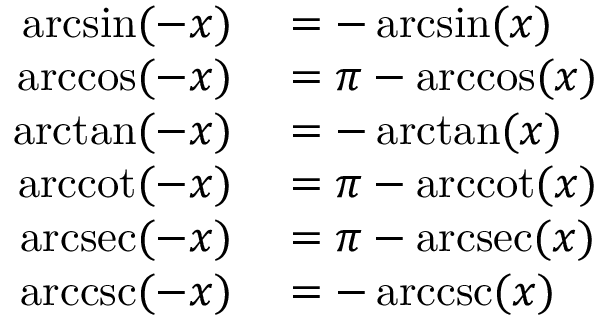
\begin{array} { r l } { \arcsin ( - x ) } & { { } = - \arcsin ( x ) } \\ { \operatorname { a r c c o s } ( - x ) } & { { } = \pi - \operatorname { a r c c o s } ( x ) } \\ { \arctan ( - x ) } & { { } = - \arctan ( x ) } \\ { \operatorname { a r c c o t } ( - x ) } & { { } = \pi - \operatorname { a r c c o t } ( x ) } \\ { \operatorname { a r c s e c } ( - x ) } & { { } = \pi - \operatorname { a r c s e c } ( x ) } \\ { \operatorname { a r c c s c } ( - x ) } & { { } = - \operatorname { a r c c s c } ( x ) } \end{array}